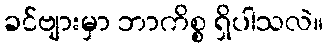
ခင်ဗျားမှာ ဘာကိစ္စ ရှိပါသလဲ။